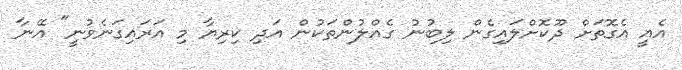
އެއީ އެގޮތަށް ދޫކޮށްލައިގެން ލިބުނު ގެއްލުންތަކުން އަދި ކިރިޔާ މި އަރައިގަނެވުނީ" އޭނާ